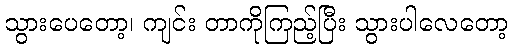
သွားပေတော့၊ ကျင်း တာကိုကြည့်ပြီး သွားပါလေတော့